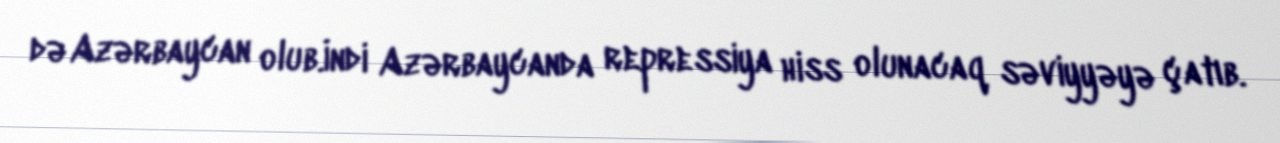
də Azərbaycan olub.İndi Azərbaycanda repressiya hiss olunacaq səviyyəyə çatıb.